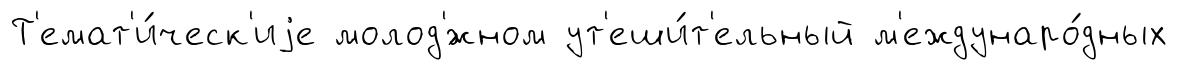
Т'емат'и́ческ'иjе молод'́жном ут'еши́т'ельный м'еждунаро́дных